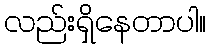
လည်းရှိနေတာပါ။